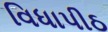
વિધાપીઠ